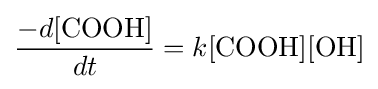
{\frac {-d[{\ce {COOH}}]}{dt}}=k[{\ce {COOH}}][{\ce {OH}}]